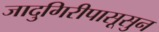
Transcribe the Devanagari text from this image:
जादुगिरीपासूसुन